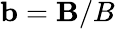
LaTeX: \mathbf{b}=\mathbf{B}/B